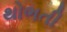
થોભતી